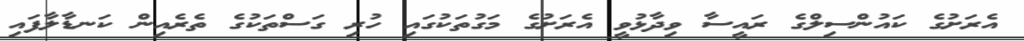
އެރަށުގެ ކައުންސިލްގެ ރައީސާ ވިދާޅުވީ އެރަށުގެ މަގުތަކުގައި ހުރި ގަސްތަކުގެ ތެރެއިން ކަނޑާލާފައި